Scottish Leaving Certificate Examination, 1959
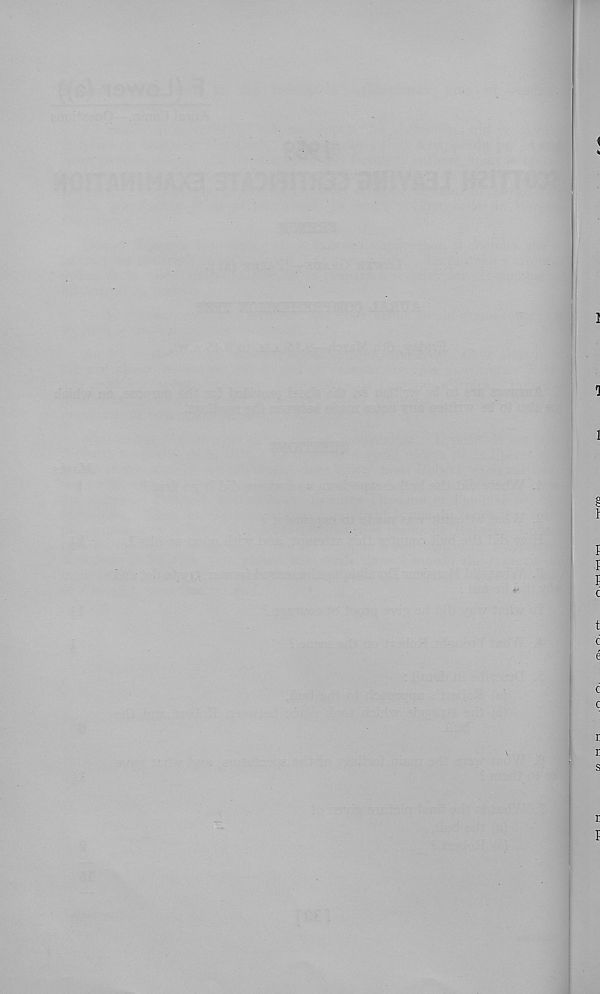
1
1
£
1
I
I
F
c
t
c
e
c
c
r
r
s
r
F